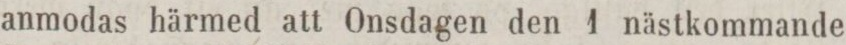
anmodas härmed att Onsdagen den 1 nästkommande